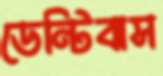
ডেন্টিবাস